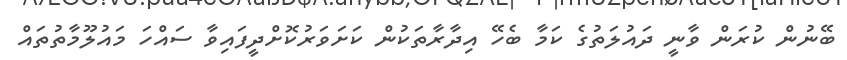
ބޭނުން ކުރަން ވާނީ ދައުލަތުގެ ކަމާ ބެހޭ އިދާރާތަކުން ކަށަވަރުކޮށްދީފައިވާ ސައްހަ މައުލޫމާތުތައް